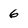
Character: 6